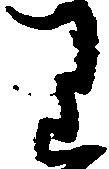
り